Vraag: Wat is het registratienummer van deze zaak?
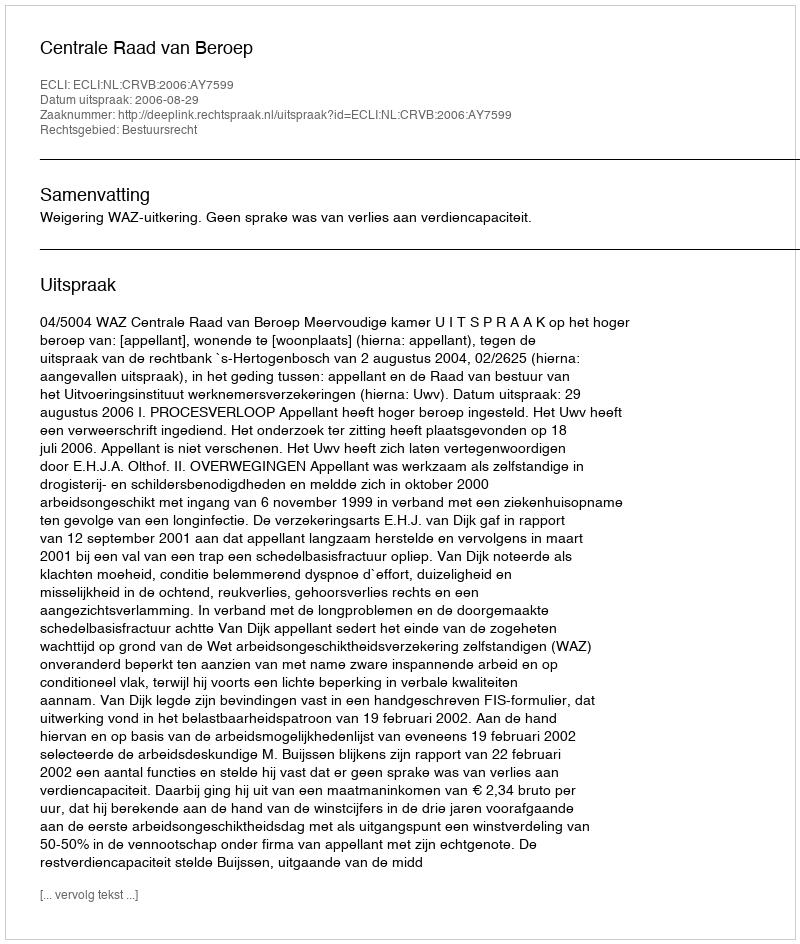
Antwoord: http://deeplink.rechtspraak.nl/uitspraak?id=ECLI:NL:CRVB:2006:AY7599